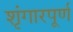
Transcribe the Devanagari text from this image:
शृंगारपूर्ण